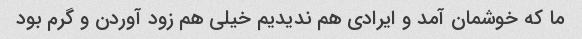
ما که خوشمان آمد و ایرادی هم ندیدیم خیلی هم زود آوردن و گرم بود